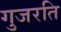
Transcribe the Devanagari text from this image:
गुजरति